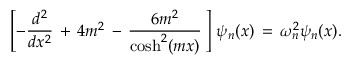
\left[ - \frac { d ^ { 2 } } { d x ^ { 2 } } \, + \, 4 m ^ { 2 } \, - \, \frac { 6 m ^ { 2 } } { \mathrm { c o s h } ^ { 2 } ( m x ) } \, \right] \, \psi _ { n } ( x ) \, = \, \omega _ { n } ^ { 2 } \psi _ { n } ( x ) .